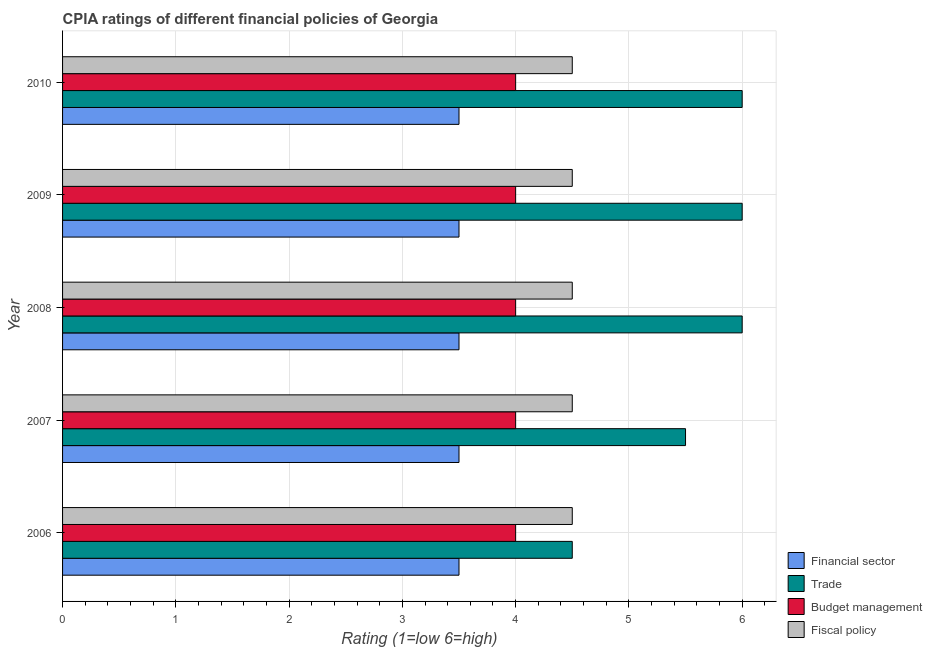
| Year | Financial sector | Trade | Budget management | Fiscal policy |
 | --- | --- | --- | --- | --- |
 | 2006 | 3.5 | 4.5 | 4 | 4.5 |
 | 2007 | 3.5 | 5.5 | 4 | 4.5 |
 | 2008 | 3.5 | 6 | 4 | 4.5 |
 | 2009 | 3.5 | 6 | 4 | 4.5 |
 | 2010 | 3.5 | 6 | 4 | 4.5 |